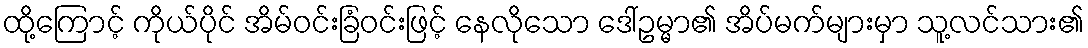
ထို့ကြောင့် ကိုယ်ပိုင် အိမ်ဝင်းခြံဝင်းဖြင့် နေလိုသော ဒေါ်ဥမ္မာ၏ အိပ်မက်များမှာ သူ့လင်သား၏